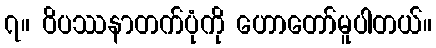
၇။ ဝိပဿနာတက်ပုံကို ဟောတော်မူပါတယ်။